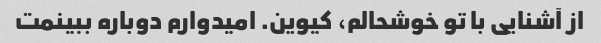
از آشنایی با تو خوشحالم، کیوین. امیدوارم دوباره ببینمت